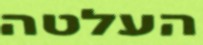
העלטה